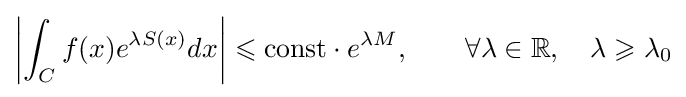
\left|\int _{C}f(x)e^{\lambda S(x)}dx\right|\leqslant {\text{const}}\cdot e^{\lambda M},\qquad \forall \lambda \in \mathbb {R} ,\quad \lambda \geqslant \lambda _{0}